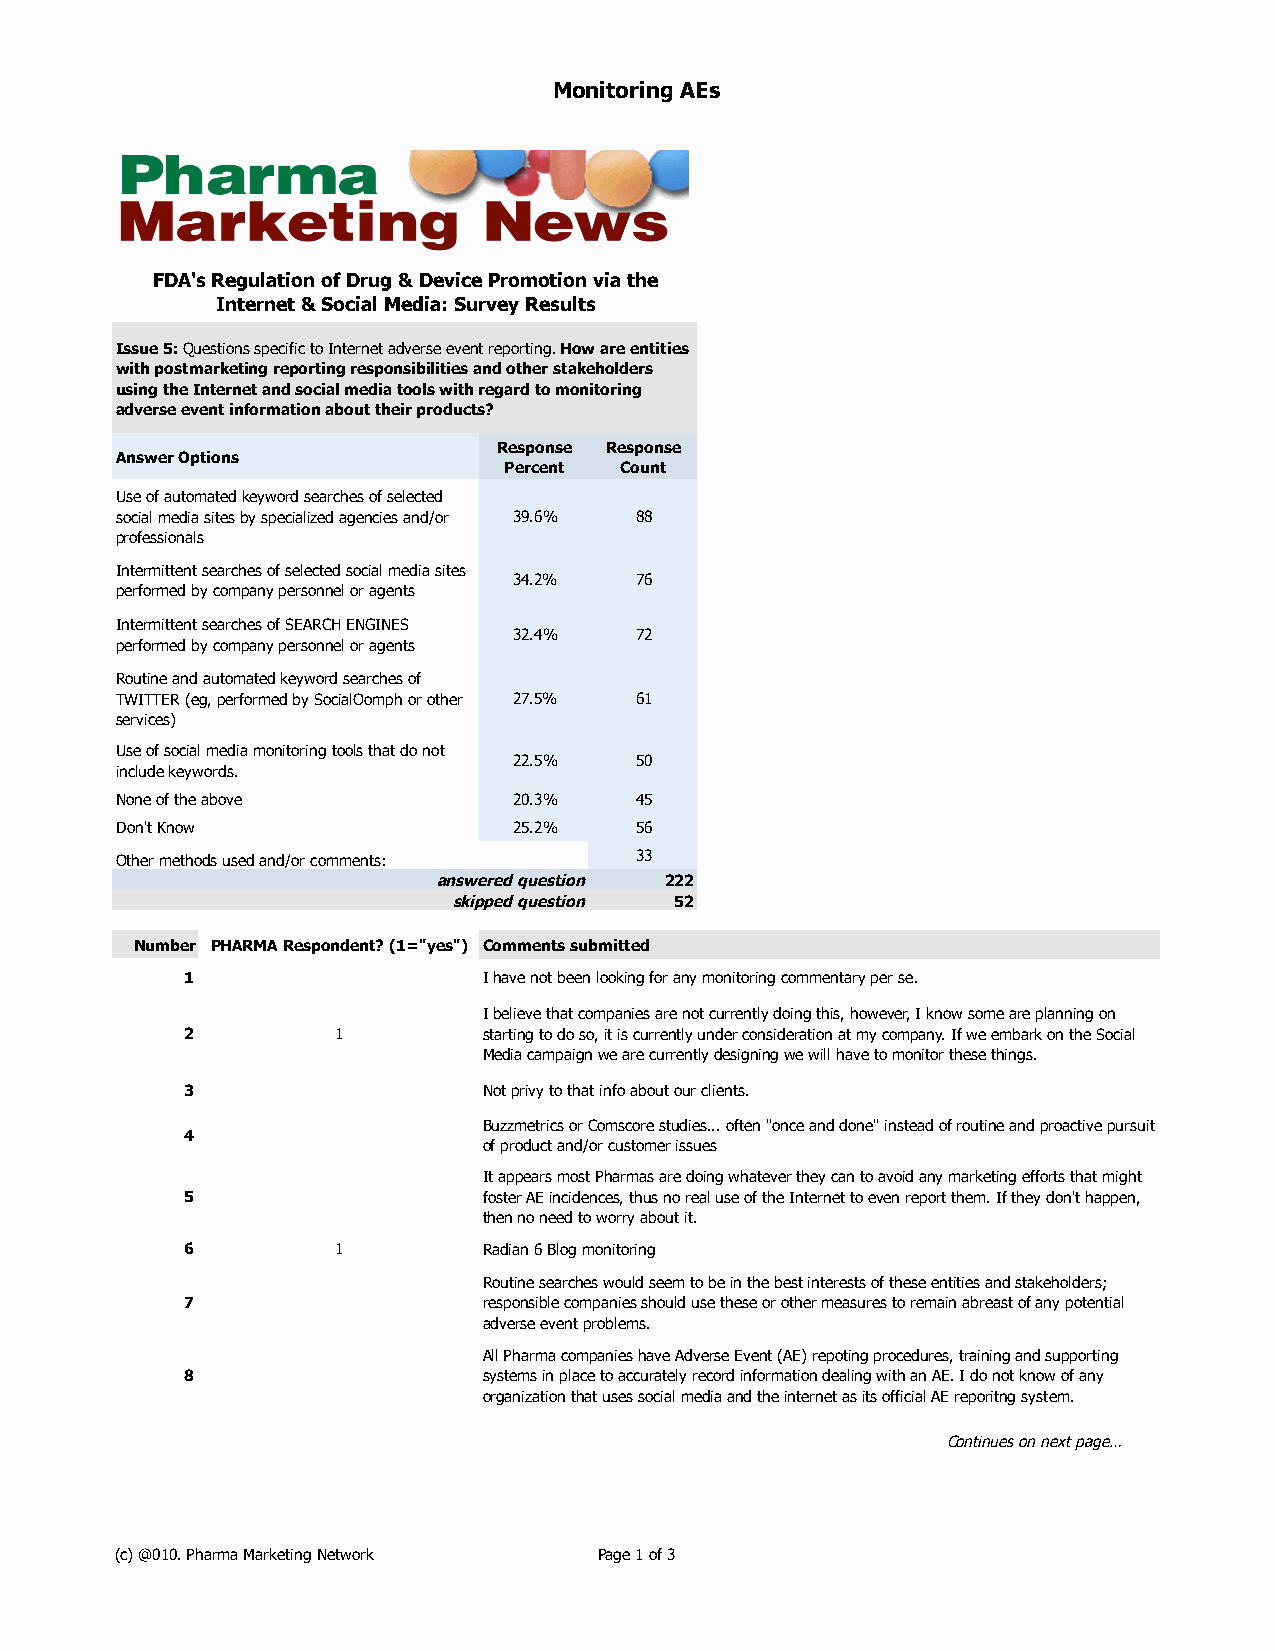
Monitoring AEs
 FDA's Regulation of Drug & Device Promotion via the
 Internet & Social Media: Survey Results
 Issue 5: Questions specific to Internet adverse event reporting. How are entities
 with postmarketing reporting responsibilities and other stakeholders
 using the Internet and social media tools with regard to monitoring
 adverse event information about their products?
 Response Response
 Answer Options
 Percent Count
 Use of automated keyword searches of selected
 social media sites by specialized agencies and/or 39.6% 88
 professionals
 Intermittent searches of selected social media sites
 34.2%   76
 performed by company personnel or agents
 Intermittent searches of SEARCH ENGINES
 32.4%   72
 performed by company personnel or agents
 Routine and automated keyword searches of
 TWITTER (eg, performed by SocialOomph or other 27.5% 61
 services)
 Use of social media monitoring tools that do not
 22.5%   50
 include keywords.
 None of the above         20.3%   45
 Don't Know                25.2%   56
 Other methods used and/or comments: 33
 answered question 222
 skipped question 52
 Number PHARMA Respondent? (1="yes") Comments submitted
 1                   I have not been looking for any monitoring commentary per se.
 I believe that companies are not currently doing this, however, I know some are planning on
 2         1         starting to do so, it is currently under consideration at my company. If we embark on the Social
 Media campaign we are currently designing we will have to monitor these things.
 3                   Not privy to that info about our clients.
 Buzzmetrics or Comscore studies... often "once and done" instead of routine and proactive pursuit
 4
 of product and/or customer issues
 It appears most Pharmas are doing whatever they can to avoid any marketing efforts that might
 5                   foster AE incidences, thus no real use of the Internet to even report them. If they don't happen,
 then no need to worry about it.
 6         1         Radian 6 Blog monitoring
 Routine searches would seem to be in the best interests of these entities and stakeholders;
 7                   responsible companies should use these or other measures to remain abreast of any potential
 adverse event problems.
 All Pharma companies have Adverse Event (AE) repoting procedures, training and supporting
 8                   systems in place to accurately record information dealing with an AE. I do not know of any
 organization that uses social media and the internet as its official AE reporitng system.
 Continues on next page…
 (c) @010. Pharma Marketing Network Page 1 of 3